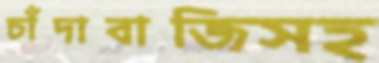
চাঁদাবাজিসহ